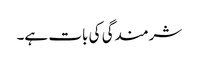
شرمندگی کی بات ہے۔